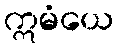
ဣမံယေ